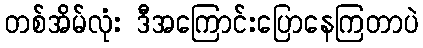
တစ်အိမ်လုံး ဒီအကြောင်းပြောနေကြတာပဲ